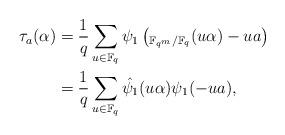
LaTeX: \begin{align*}\tau_a(\alpha) & = \frac{1}{q}\sum_{u \in \mathbb{F}_{q}} \psi_1\left(_{\mathbb{F}_{q^m}/\mathbb{F}_{q}}(u\alpha)-ua \right) \\ &= \frac{1}{q}\sum_{u \in \mathbb{F}_{q}} \hat{\psi_1}(u\alpha)\psi_1(-ua),\end{align*}